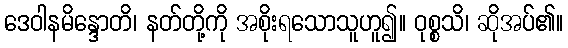
ဒေဝါနမိန္ဒောတိ၊ နတ်တို့ကို အစိုးရသောသူဟူ၍။ ဝုစ္စသိ၊ ဆိုအပ်၏။